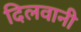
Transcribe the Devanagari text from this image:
दिलवानी